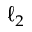
\ell _ { 2 }